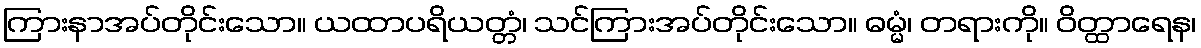
ကြားနာအပ်တိုင်းသော။ ယထာပရိယတ္တံ၊ သင်ကြားအပ်တိုင်းသော။ ဓမ္မံ၊ တရားကို။ ဝိတ္ထာရေန၊